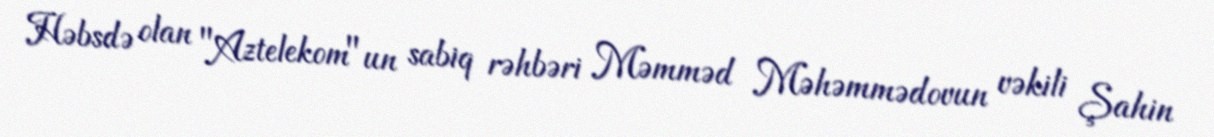
Həbsdə olan "Aztelekom"un sabiq rəhbəri Məmməd Məhəmmədovun vəkili Şahin